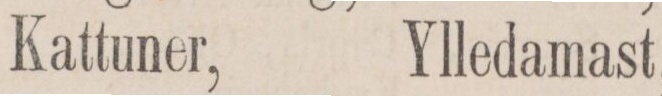
Kattuner,    Ylledamast,